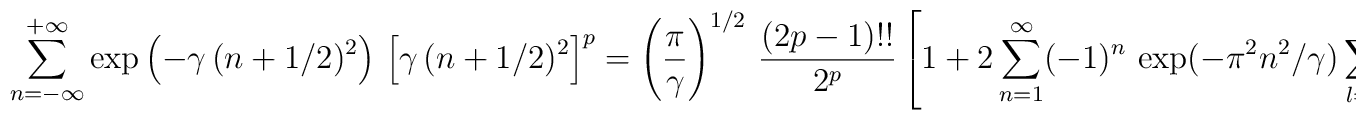
\sum\limits_{n = -\infty}^{+\infty} \exp\left( -\gamma\,(n+1/2)^2 \right) \,\left[ \gamma \, (n+1/2)^2 \right]^p = \left( {\pi \over \gamma} \right)^{1/2} \, {(2p-1)!! \over 2^p}\left[ 1 + 2 \sum\limits_{n=1}^\infty (-1)^n \, \exp(-\pi^2 n^2/\gamma)\sum\limits_{l=0}^p \left( {-\pi^2 n^2 \over \gamma} \right)^l C_l^p \right]